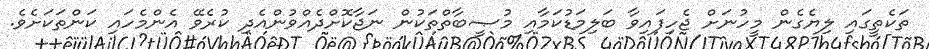
ތަކެތީގައި ލިޔެގެން މީހުނަށް ޖެހިފައިވާ ބަލިމަޑުކަމާއި މުޞީބާތްތަކުން ނަޖާކޮށްދެއްވުންއެދި ކުރެވޭ އެންމެހައި ކަންތަކަށެވެ.